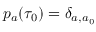
p _ { a } ( \tau _ { 0 } ) = \delta _ { a , a _ { 0 } }